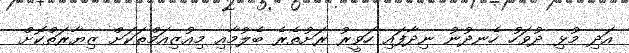
އަދި މުޅި ދުވަހު ހެނދުނު ނިދާފައި ހަވީރު ރަށުތެރެ ބެލުމާއި މިއުޒިއަމްތަކަށް ޒިޔާރަތްކޮށް